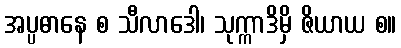
အပ္ပဓာနေ စ သီလာဒေါ၊ သုက္ကာဒိမှိ ဇိယာယ စ။